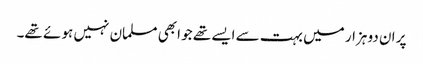
پر ان دو ہزار میں بہت سے ایسے تھے جو ابھی مسلمان نہیں ہو ئے تھے۔